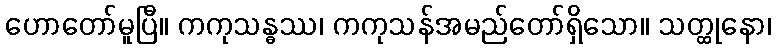
ဟောတော်မူပြီ။ ကကုသန္ဓဿ၊ ကကုသန်အမည်တော်ရှိသော။ သတ္ထုနော၊